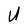
Character: U